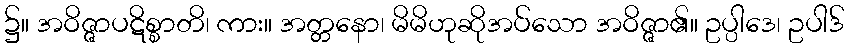
၌။ အဝိဇ္ဇာပဋိစ္စာတိ၊ ကား။ အတ္တနော၊ မိမိဟုဆိုအပ်သော အဝိဇ္ဇာ၏။ ဥပ္ပါဒေ၊ ဥပါဒ်